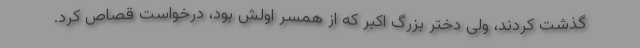
گذشت کردند، ولی دختر بزرگ اکبر که از همسر اولش بود، درخواست قصاص کرد.